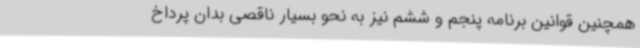
همچنین قوانین برنامه پنجم و ششم نیز به نحو بسیار ناقصی بدان پرداخ